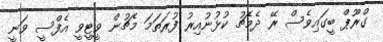
ގްރޫޕް ބީގައިވެސް ރޭ ދެމެޗު ކުޅުނުއިރު ފުރަތަމަ މެޗުން ވީޓީވީ އެފްސީ ވަނީ